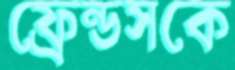
ফ্রেন্ডসকে